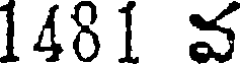
1481 వ